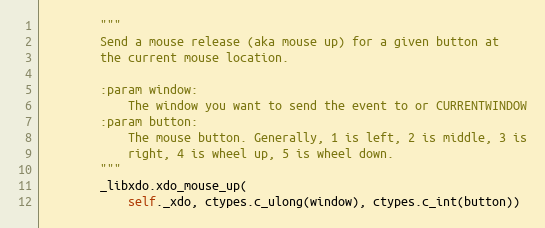
Language: Python
        """
        Send a mouse release (aka mouse up) for a given button at
        the current mouse location.

        :param window:
            The window you want to send the event to or CURRENTWINDOW
        :param button:
            The mouse button. Generally, 1 is left, 2 is middle, 3 is
            right, 4 is wheel up, 5 is wheel down.
        """
        _libxdo.xdo_mouse_up(
            self._xdo, ctypes.c_ulong(window), ctypes.c_int(button))